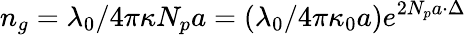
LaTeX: n_{g}={\lambda_{0}}/{4\pi\kappa N_{p}a}={(\lambda_{0}/{4\pi\kappa_{0}a})e^{2N_{p}a\cdot\Delta}}